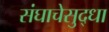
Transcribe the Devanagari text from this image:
संघाचेसुद्धा